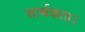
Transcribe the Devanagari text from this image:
सार्थकता।